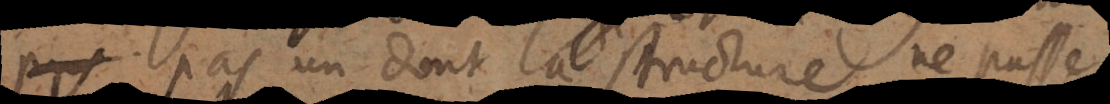
pas un dont la structure ne passe